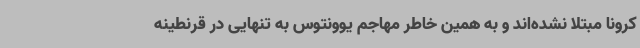
کرونا مبتلا نشده‌اند و به همین خاطر مهاجم یوونتوس به تنهایی در قرنطینه